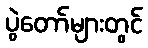
ပွဲတော်များတွင်